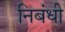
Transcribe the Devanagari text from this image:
निबंधी